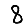
Digit: 8